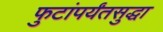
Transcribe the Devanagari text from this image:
फुटांपर्यंतसुद्धा